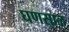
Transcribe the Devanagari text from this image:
घणसाळ